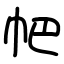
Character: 帊